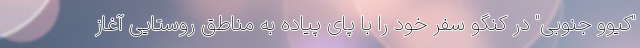
"کیوو جنوبی" در کنگو سفر خود را با پای پیاده به مناطق روستایی آغاز